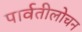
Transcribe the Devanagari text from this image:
पार्वतीलोचन